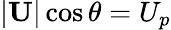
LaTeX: |\mathbf{U}|\cos\theta=U_{p}